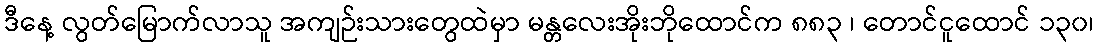
ဒီနေ့ လွတ်မြောက်လာသူ အကျဉ်းသားတွေထဲမှာ မန္တလေးအိုးဘိုထောင်က ၈၈၃ ၊ တောင်ငူထောင် ၁၃၀၊